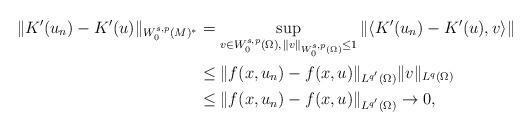
LaTeX: \begin{align*}\|K'(u_n)-K'(u)\| _{W_0^{s,p}(M)^{*}}&= \sup_{v\in W_0^{s,p}(\Omega),\, \|v\|_{W_0^{s,p}(\Omega)}\leq1}\|\langle K'(u_n)-K'(u),v\rangle\|\\& \leq \|f(x,u_n)-f(x,u)\|_{L^{q'}(\Omega)}\|v\|_{L^q(\Omega)}\\ & \leq \|f(x,u_n)-f(x,u)\|_{L^{q'}(\Omega)}\to 0,\end{align*}